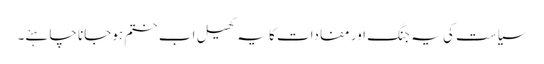
سیاست کی یہ جنگ اور مفادات کا یہ کھیل اب ختم ہوجانا چاہئے۔